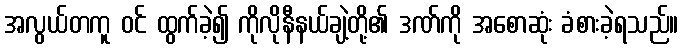
အလွယ်တကူ ဝင် ထွက်ခဲ့၍ ကိုလိုနီနယ်ချဲ့တို့၏ ဒဏ်ကို အစောဆုံး ခံစားခဲ့ရသည်။